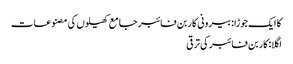
کا ایک جوڑا:بیرونی کاربن فائبر جامع کھیلوں کی مصنوعات
اگلا:کاربن فائبر کی ترقی